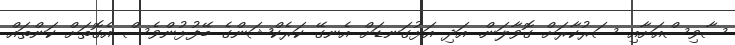
ސާވިސްއަށާއި ސަރުކާރަށް ގޮވާލަން. އަދި އަޅުގަނޑަށް އެނގޭ ކަރެކްޝަންގެ ބޭފުޅުންވެސް އެގޮތަށް ކަންތައް